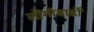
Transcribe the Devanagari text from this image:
लोंगोबार्डों